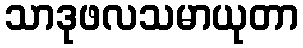
သာဒုဖလသမာယုတာ